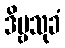
ဒိဗ္ဗသုခံ